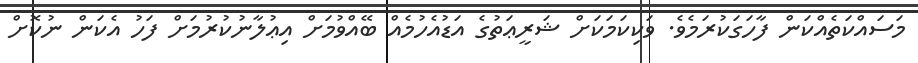
މަސައްކަތެއްކަން ފާހަގަކުރަމެވެ. ވަކިކަމަކަށް ޝަރީޢަތުގެ އަޑުއެހުމެއް ބޭއްވުމަށް އިޢުލާނުކުރުމަށް ފަހު އެކަން ނުކޮށް